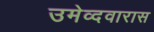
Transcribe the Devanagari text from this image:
उमेव्दवारास